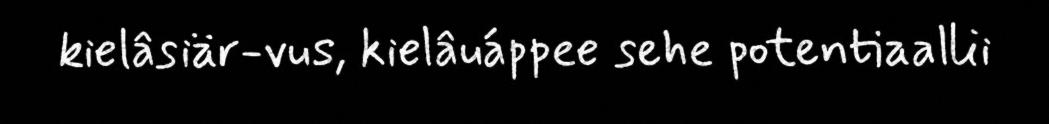
kielâsiär-vus, kielâuáppee sehe potentiaallii